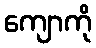
ကျောကို